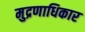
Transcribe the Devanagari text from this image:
मुद्रणाधिकार